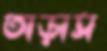
তাড়াস